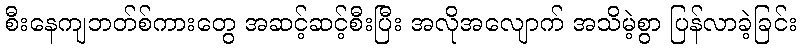
စီးနေကျဘတ်စ်ကားတွေ အဆင့်ဆင့်စီးပြီး အလိုအလျောက် အသိမဲ့စွာ ပြန်လာခဲ့ခြင်း